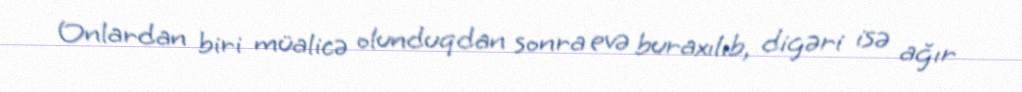
Onlardan biri müalicə olunduqdan sonra evə buraxılıb, digəri isə ağır